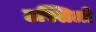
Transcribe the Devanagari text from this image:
टस्सिलो